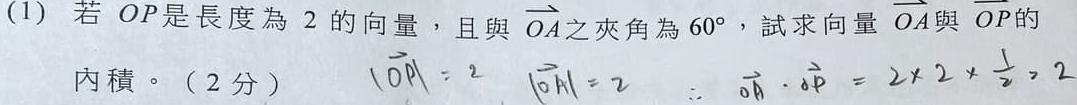
(1) 若 $OP$ 是長度為 $2$ 的向量，且與 $\overrightarrow{OA}$ 之夾角為 $60^{\circ}$，試求向量 $\overrightarrow{OA}$ 與 $\overrightarrow{OP}$ 的內積。（2 分）
$|\overrightarrow{OP}| = 2$，$|\overrightarrow{OA}| = 2$，$\therefore\overrightarrow{OA}\cdot\overrightarrow{OP}=2\times 2\times\frac{1}{2}=2$